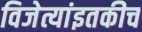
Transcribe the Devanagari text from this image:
विजेत्यांइतकीच